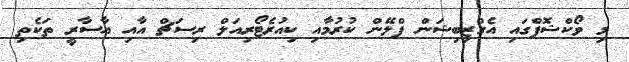
މި ވޯކްޝޮޕްގައި އެގްޒިބިޝަން ޕްލޭން ކުރުމާއި ކިއުރެޓޯރިއަލް ރިސަޗް އާއި އާސާރީ ތަކެތި